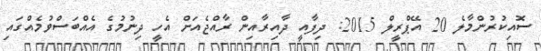
ސޮއިކުރުންމާލެ 20 އޭޕްރީލް 2015: ދިފާއީ ދާއިރާއިން ރާއްޖެއަށް އެހީ ދިނުމުގެ އެއްބަސްވުމެއްގައި